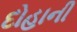
દોહાની